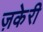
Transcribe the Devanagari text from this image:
ज़केरी